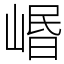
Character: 㟭